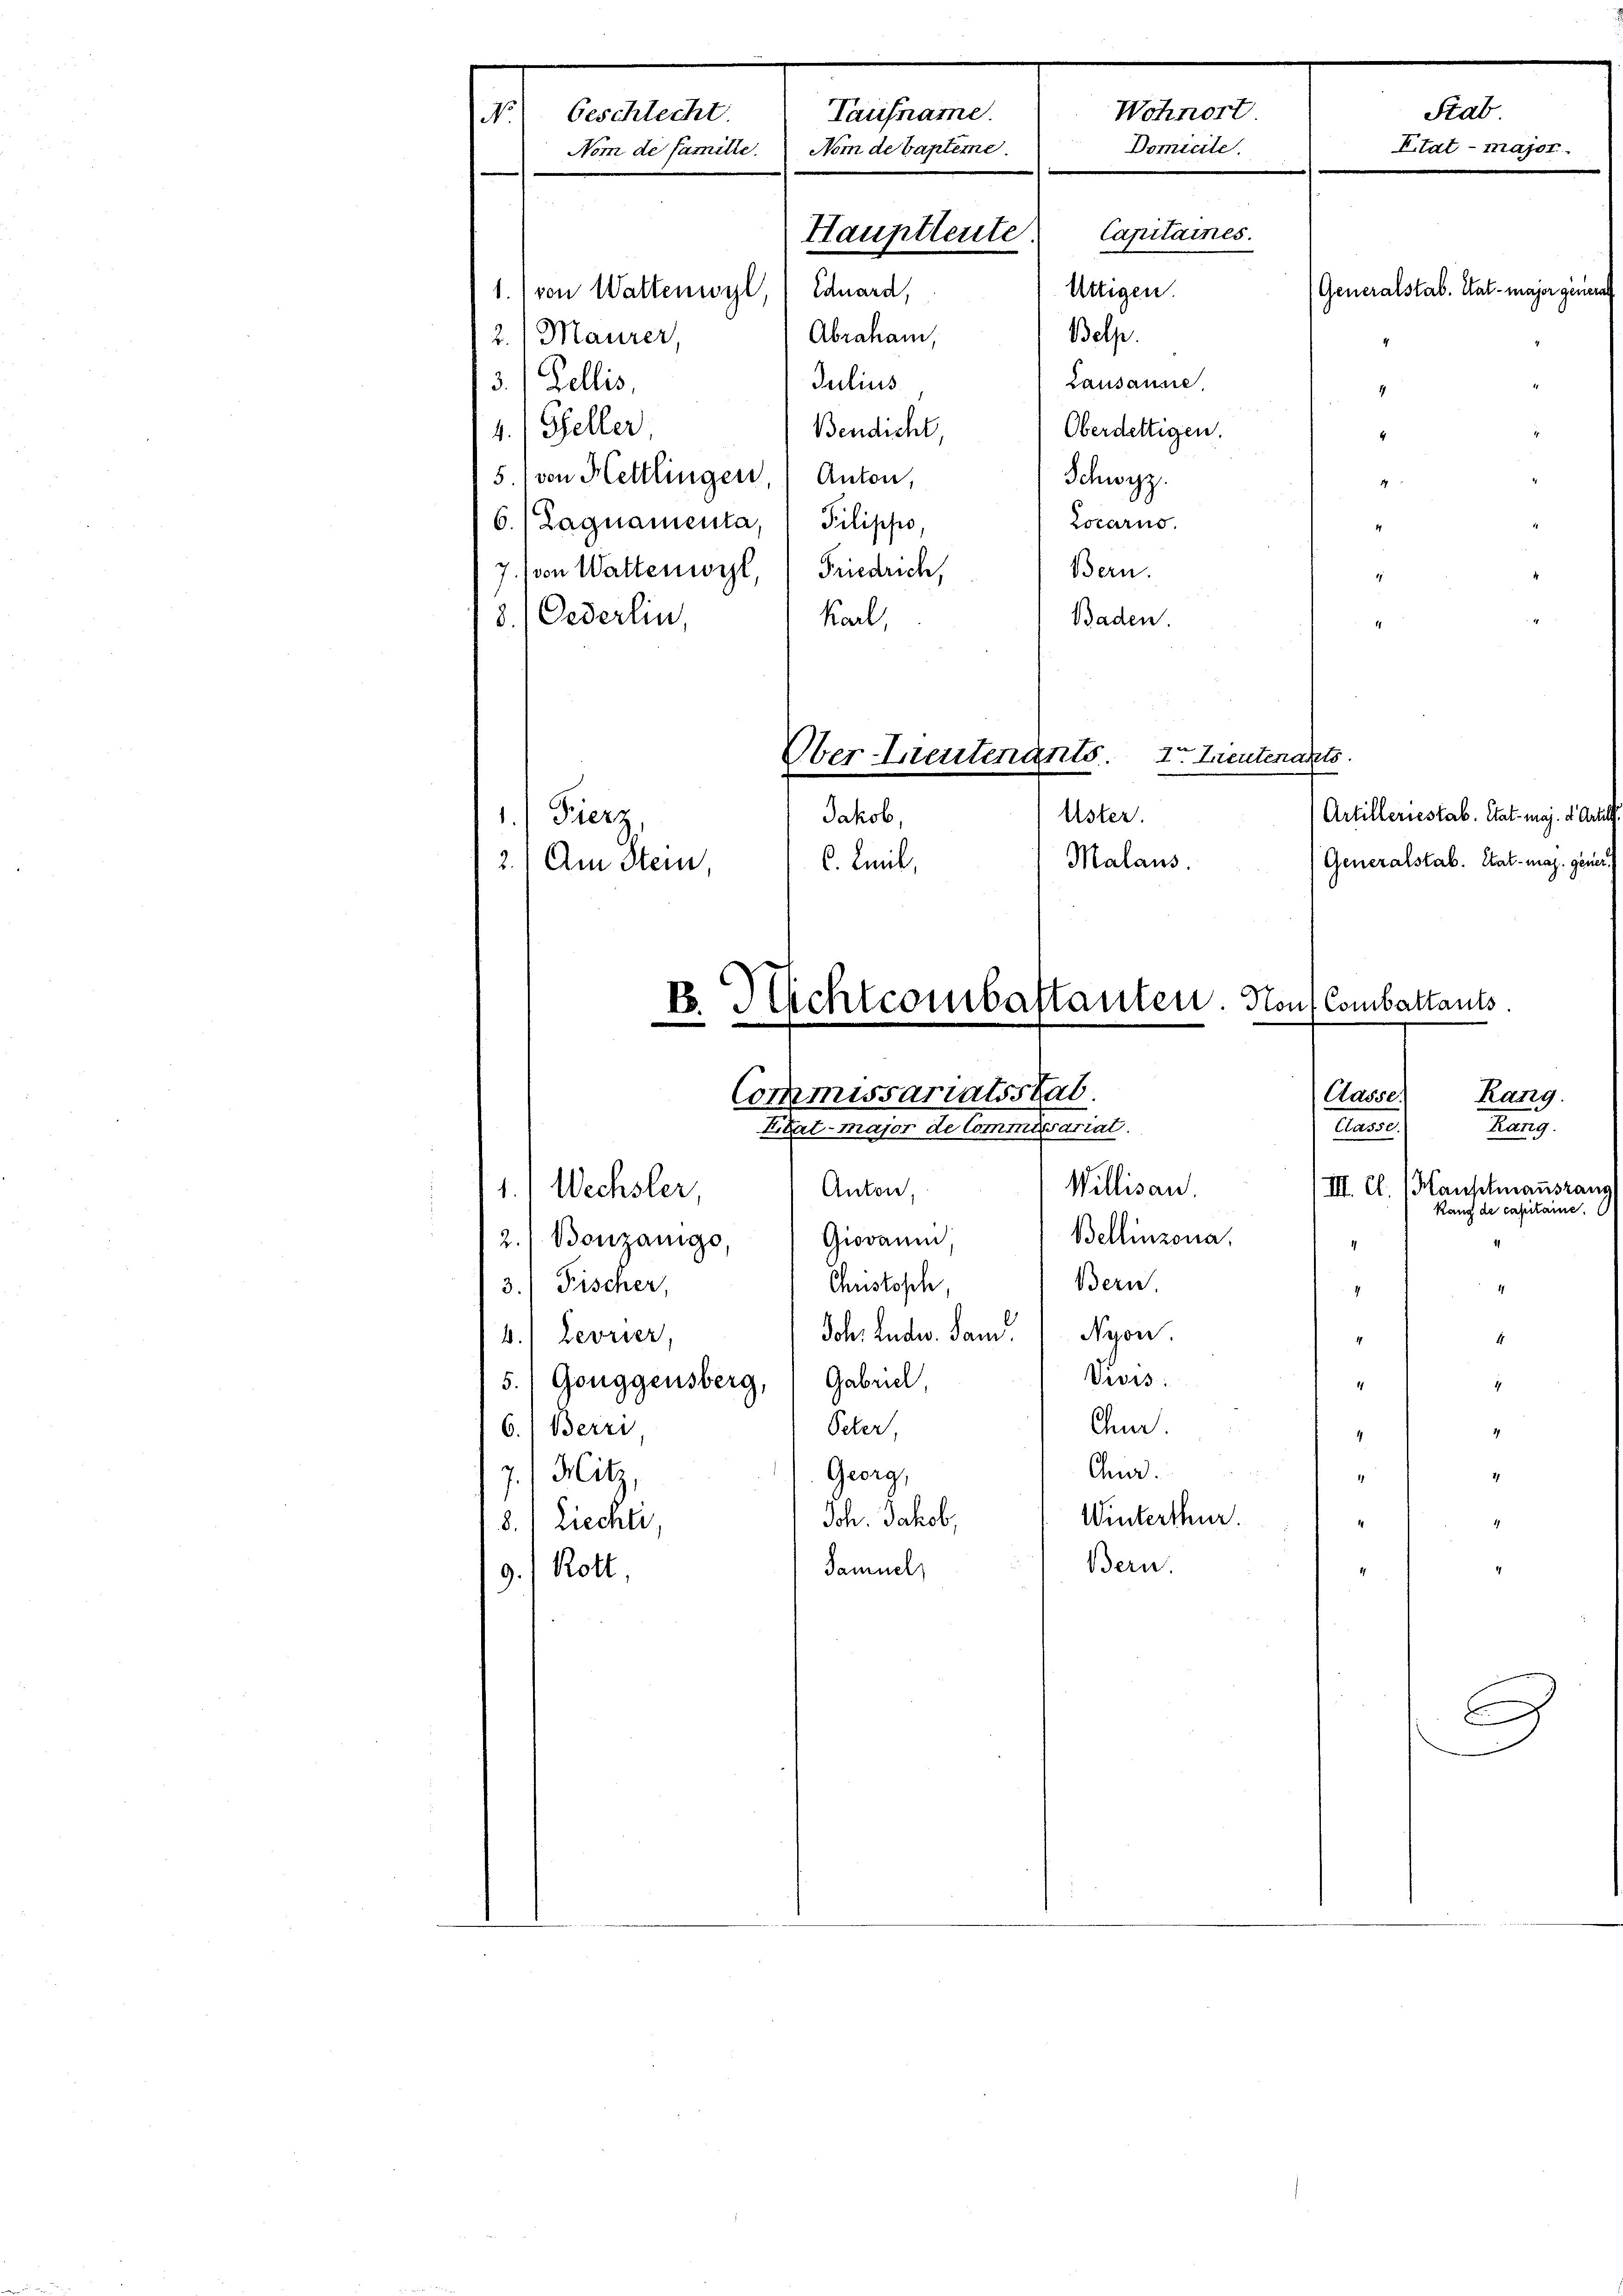
Wohnort
Taufname.
 Anlagen
Domicile.
Nom de famille. Nom de Capteme
Capitaines.
Hauptleute.
Generalstab. Hat - major gen
Attigen
1., von Wattenwyl, Eduard,
Belp.
Abraham,
2.) Maurer,
Lausanne.
Julius
3.) Zellis,

Oberdettigen.
4. Geller
Bendicht,
5.) von Hettlingen, Anton,
Schwyz
Locarus.
6.) Lagnamenta, Pilippo,
Bern.
Friedrich,
7. (von Wattenwort,
Baden.
8.) Oederlin,
Karl,
Iter Leutenants.
Ober-Lieutenants
Uster.
Jakob,
1. Fierz
Malans.
C. Ziel,
2.) Am Stein,

B. Nichtcombastanten. Non Combattants.
Casse.
Commissariatsstab.
Eikart-Major de Commissariat

9.) Rott.

1.1 Wechsler,
3. Fischer,
4.) Levrier,
5.) Guggensberg, Gabril,
6. Berri,
7.) Mitz,
8.) Liechti

2.) Benzanige,

Christisch,
Ocker
Georg,
Joh. Jakob,
Samuel

Willisau.
Anton,
Giovaum,

Joh. Ludw. Jan. " Nyon.
Viois.
Cuer.
4
Anni.
Winterthur.

Bern.

Bern

4
4

Etat - major.

Artilleriestab. Tat-maj. d. Arti
Rang.
lasse
Kan
III. Cl. (Hauptmannsrat
Rang de capitaine
Bellinzona.
1
4
4
4
4

Stab

Generalstab. Hat - mag. gener

E